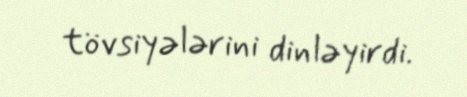
tövsiyələrini dinləyirdi.